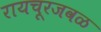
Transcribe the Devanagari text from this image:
रायचूरजवळ